Annual report of the Imperial Bacteriological Laboratory, Muktesar
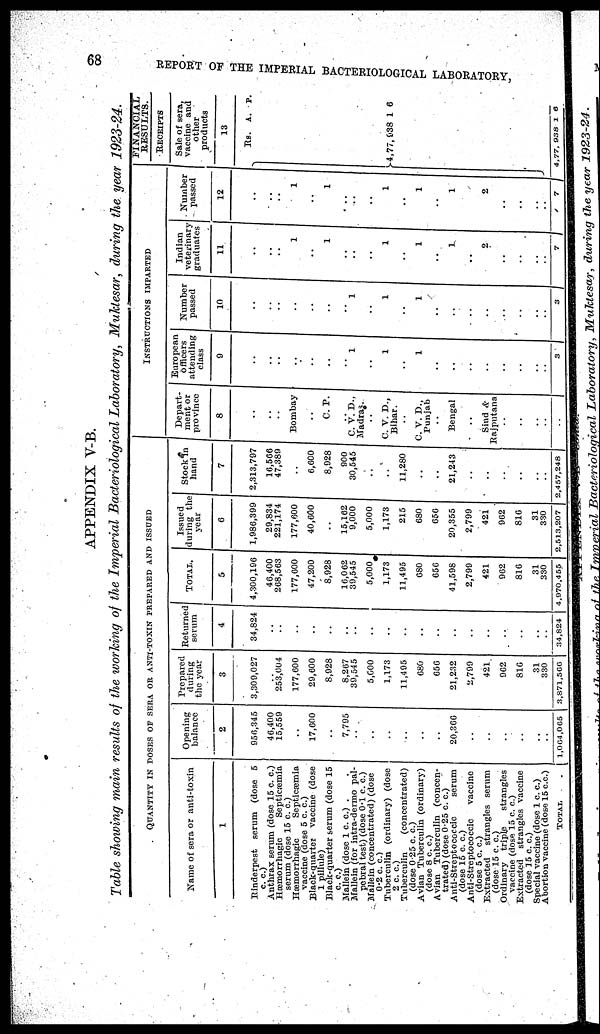
68
REPORT OF THE IMPERIAL BACTERIOLOGICAL LABORATORY,
APPENDIX V-B.
Table showing main results of the working of the Imperial Bacteriological Laboratory, Muktesar, during the year 1923-24.
QUANTITY IN DOSES OF SERA OR ANTI-TOXIN PREPARED AND ISSUED
Name of sera or anti-toxin
1
Rinderpest serum (dose 5
c. c.)
Anthrax serum (dose 15 c. c.)
Hæmorrhagic
Septicæmia
serum (dose 15 c. c.)
Hæmorrhagic
Septicæmia
vaccine (dose 5 c. c.)
Black-quarter vaccine (dose
1 pillule)
Black-quarter serum (dose 15
c. c.)
Mallein (dose 1 c. c.) .
Mallein (for intra-dermo pal-
pebral test) (dose 0.1 c. c.)
Mallein (concentrated) (dose
0.2 c. c.)
Tuberculin (ordinary) (dose
2 c. c.)
Tuberculin
(concentrated)
(dose 0.25 c. c.)
Avian Tuberculin (ordinary)
(dose 8 c. c.)
Avian Tuberculin (concen-
trated) (dose 0.25 c. c.)
Anti-Streptococcic
serum
(dose 15 c. c.)
Anti-Streptococcic
vaccine
(dose 5 c. c.)
Extracted strangles serum
(dose 15 c. c.)
Ordinary triple
strangles
vaccine (dose 15 c. c.)
Extracted strangles vaccine
(dose 15 c. c.)
Special vaccine (dose 1 c. c.)
Abortion vaccine (dose 15 c.c.)
TOTAL
Opening
balance
2
956,345
46,400
15,559
..
17,600
..
7,795
..
...
..
..
..
..
20,366
..
..
..
..
..
..
1,064,065
Prepared
during
the year
3
3,309,027
..
253,004
177,600
29,600
8,928
8,267
39,545
5,000
1,173
11,495
680
656
21,232
2,799
421
962
816
31
330
3,871,566
Returned
serum
4
34,824
..
..
..
..
..
..
..
..
..
..
..
..
..
..
..
..
..
..
..
34,824
TOTAL
5
4,300,196
46,460
268,563
177,600
47,200
8,928
16,062
39,545
5,000
1,173
11,495
680
656
41,598
2,799
421
962
816
31
330
4,970,455
Issued
during the
year
6
1,986,399
29,834
221,174
177,600
40,600
..
15,162
9,000
5,000
1,173
215
680
650
20,355
2,799
421
962
816
31
330
2,513,207
Stock in
hand
7
2,313,797
16,566
47,389
..
6,600
8,928
900
30,545
..
..
11,280
..
..
21,243
..
..
..
..
.. ..
2,457,248
INSTRUCTIONS IMPARTED
Depart¬
ment or
province
8
..
..
..
Bombay
..
C. P.
..
C. V. D.
Madras
..
C. V. D.,
Bihar.
..
C. V. D.,
Punjab
..
Bengal
Sind &
Rajputana
..
..
.. ..
..
European
officers
attending
class
9
..
..
..
..
..
..
..
1
..
1
..
1
..
..
..
..
.. ..
3
Number
passed
10
..
..
..
..
..
..
..
1
..
1
..
1
..
..
..
..
..
..
3
Indian
veterinary
graduates
11
..
..
..
1
..
1
..
..
..
1
..
1
..
1
2
..
..
..
7
Number
passed
12
..
..
..
1
..
1
..
..
..
1
..
1
..
1
2
..
..
..
7
FINANNCIAL
RESULTS.
RECEIPTS
Sale of sera,
vaccine and
other
products
13
Rs.
}4,77,938
4,77,938
A.
1
1
P.
6
6